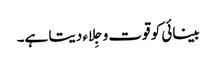
بینائی کو قوت و جِلاء دیتا ہے۔